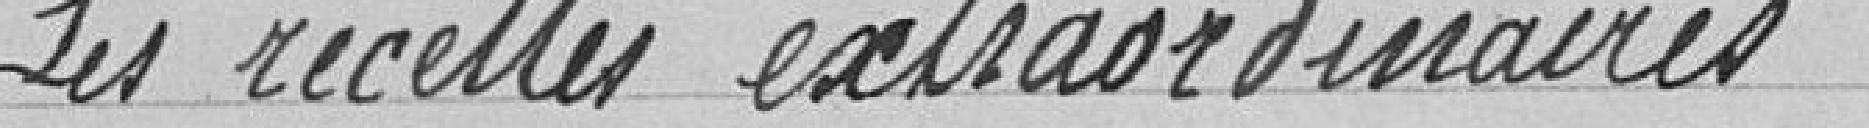
Les recettes extraordinaires